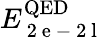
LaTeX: E_{\mathrm{~2~e~-~2~l~}}^{\mathrm{QED}}